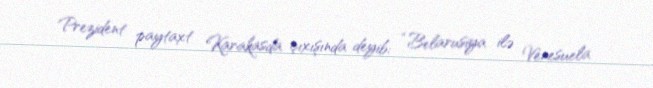
Prezident paytaxt Karakasda çıxışında deyib: “Belarusiya ilə Venesuela